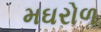
મઘરોળ